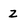
Character: Z